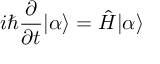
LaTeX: i \hbar { \frac { \partial } { \partial t } } | \alpha \rangle = { \hat { H } } | \alpha \rangle